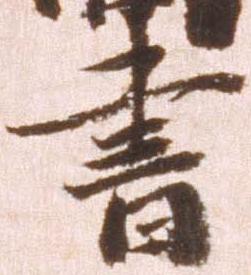
書